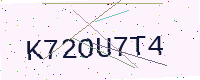
Text: K72OU7T4